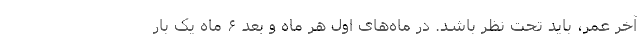
آخر عمر، باید تحت نظر باشد. در ماه‌های اول هر ماه و بعد ۶ ماه یک بار